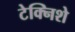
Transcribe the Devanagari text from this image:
टेक्निशे